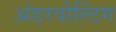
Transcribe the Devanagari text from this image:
अंडरवोल्टिंग